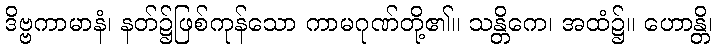
ဒိဗ္ဗကာမာနံ၊ နတ်၌ဖြစ်ကုန်သော ကာမဂုဏ်တို့၏။ သန္တိကေ၊ အထံ၌။ ဟောန္တိ၊